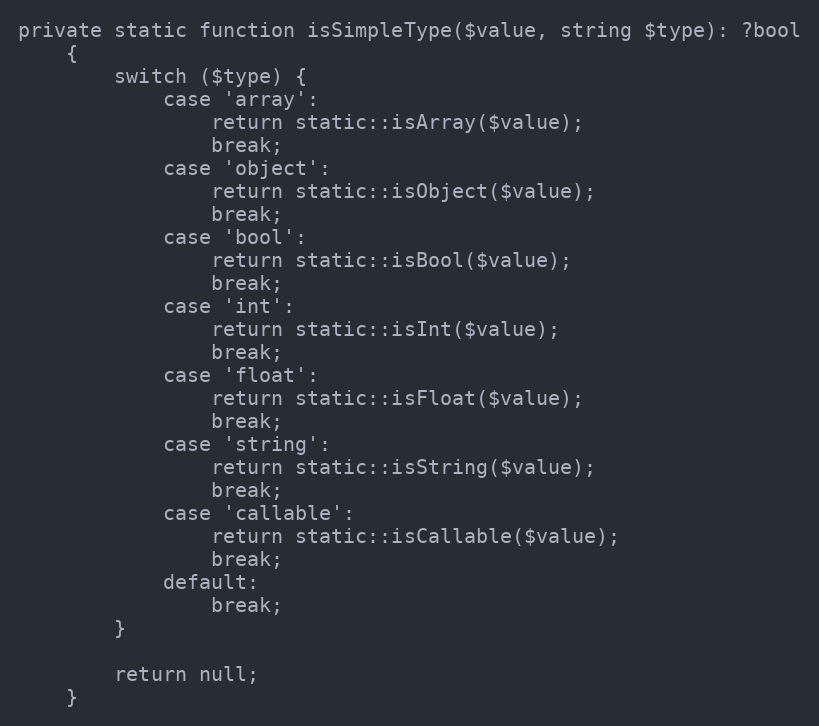
Language: PHP
private static function isSimpleType($value, string $type): ?bool
    {
        switch ($type) {
            case 'array':
                return static::isArray($value);
                break;
            case 'object':
                return static::isObject($value);
                break;
            case 'bool':
                return static::isBool($value);
                break;
            case 'int':
                return static::isInt($value);
                break;
            case 'float':
                return static::isFloat($value);
                break;
            case 'string':
                return static::isString($value);
                break;
            case 'callable':
                return static::isCallable($value);
                break;
            default:
                break;
        }

        return null;
    }